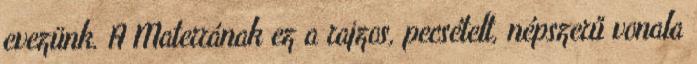
evezünk. A Materrának ez a rajzos, pecsételt, népszerű vonala